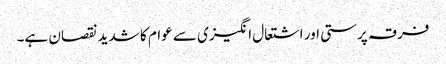
فرقہ پرستی اور اشتعال انگیزی سے عوام کا شدید نقصان ہے۔